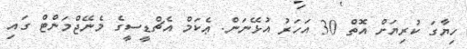
ހިޔާގަ ކުރިޔަށް އޮތް 30 އަހަރު އުޅޭނަން. ޢެކަމް އެޗްޑީސީގެ މެނޭޖްމަންޓް ގައި